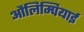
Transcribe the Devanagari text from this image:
औलिम्पियाई